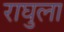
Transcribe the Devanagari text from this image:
राघुला